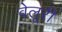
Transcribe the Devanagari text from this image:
वेलूरी